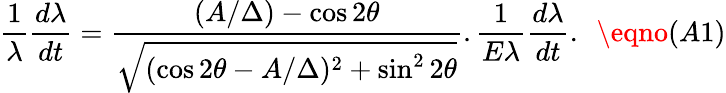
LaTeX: \frac{1}{\lambda}\frac{d\lambda}{dt}=\frac{({A}/{\Delta})-\cos 2\theta}{\sqrt{(\cos 2\theta-A/\Delta)^{2}+\sin^{2}2\theta}}.\frac{1}{E\lambda}\frac{d\lambda}{dt}.~~\eqno(A1)